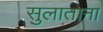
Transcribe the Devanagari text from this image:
सुलाताना